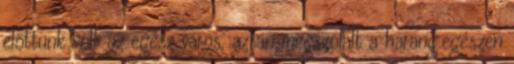
előttünk volt az egész város, aztán megszólalt a harang.egészen